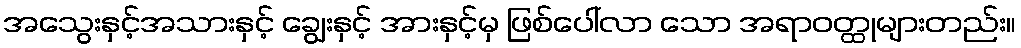
အသွေးနှင့်အသားနှင့် ချွေးနှင့် အားနှင့်မှ ဖြစ်ပေါ်လာ သော အရာဝတ္ထုများတည်း။